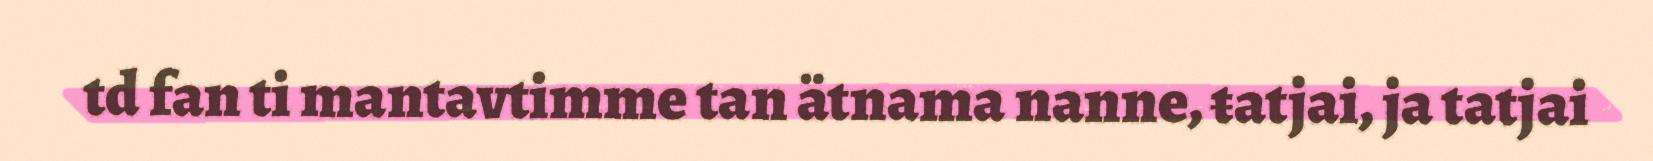
td fan ti mantavtimme tan ätnama nanne, ŧatjai, ja tatjai